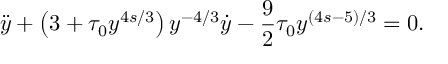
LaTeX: \ddot { y } + \left( 3 + \tau _ { 0 } y ^ { 4 s / 3 } \right) y ^ { - 4 / 3 } \dot { y } - \frac 9 2 \tau _ { 0 } y ^ { ( 4 s - 5 ) / 3 } = 0 .